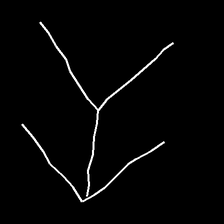
Glyph: gather